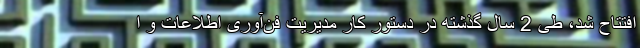
افتتاح شد، طی 2 سال گذشته در دستور کار مدیریت فن‌آوری اطلاعات و ا